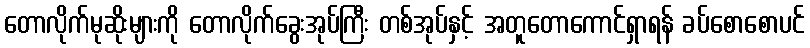
တောလိုက်မုဆိုးများကို တောလိုက်ခွေးအုပ်ကြီး တစ်အုပ်နှင့် အတူတောကောင်ရှာရန် ခပ်စောစောပင်